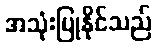
အသုံးပြုနိုင်သည်